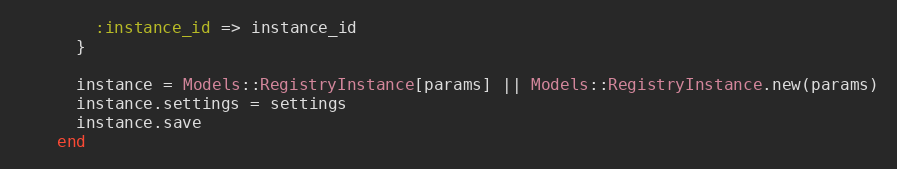
Language: Ruby
        :instance_id => instance_id
      }

      instance = Models::RegistryInstance[params] || Models::RegistryInstance.new(params)
      instance.settings = settings
      instance.save
    end